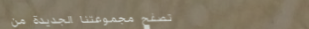
تصفح مجموعتنا الجديدة من